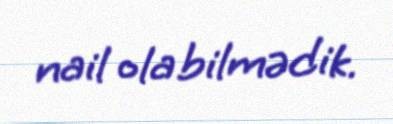
nail ola bilmədik.